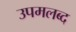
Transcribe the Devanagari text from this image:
उपमलब्द